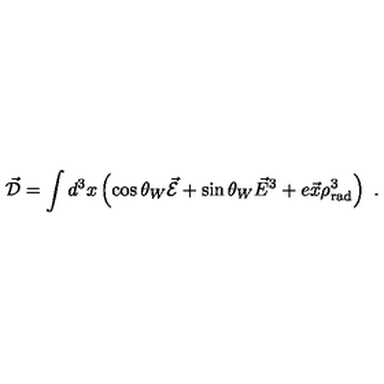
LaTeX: \vec { \cal D } = \int d ^ { 3 } x \left( \cos \theta _ { W } \vec { \cal E } + \sin \theta _ { W } \vec { E } ^ { 3 } + e \vec { x } \rho _ { \mathrm { r a d } } ^ { 3 } \right) \ .